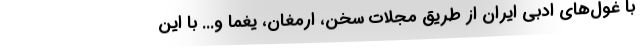
با غول‌های ادبی ایران از طریق مجلات سخن، ارمغان، یغما و... با این